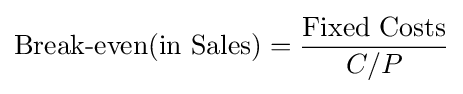
{\text{Break-even(in Sales)}}={\frac {\text{Fixed Costs}}{C/P}}